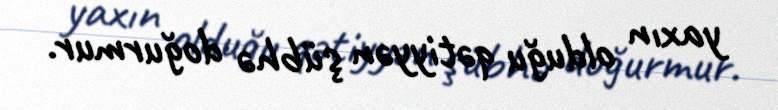
yaxın olduğu qətiyyən şübhə doğurmur.